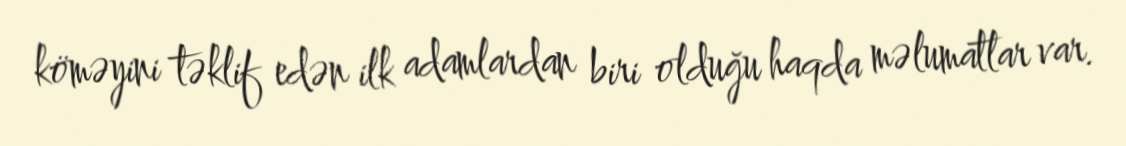
köməyini təklif edən ilk adamlardan biri olduğu haqda məlumatlar var.